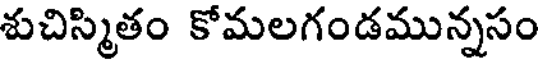
శుచిస్మితం కోమలగండమున్నసం